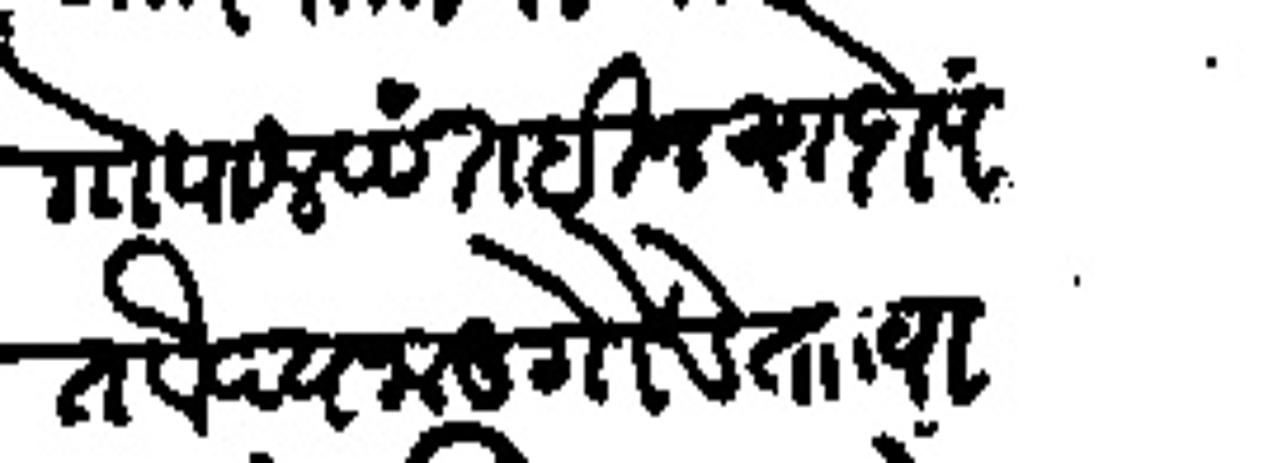
Transliteration (Devanagari): गोपालपत बिन यादोपतवैद्य नाडगोडे ताा वारुण